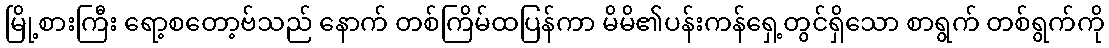
မြို့စားကြီး ရော့စတော့ဗ်သည် နောက် တစ်ကြိမ်ထပြန်ကာ မိမိ၏ပန်းကန်ရှေ့တွင်ရှိသော စာရွက် တစ်ရွက်ကို